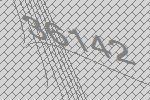
36142